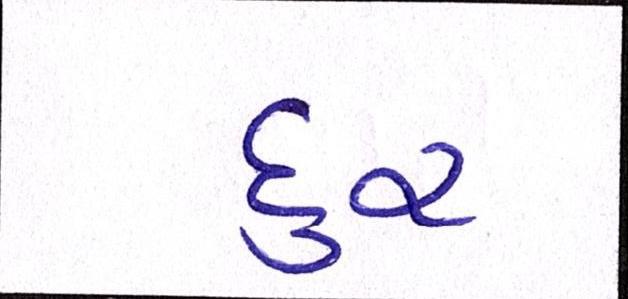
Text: દુર